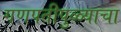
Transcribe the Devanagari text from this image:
गणपतीपुळ्याचा